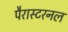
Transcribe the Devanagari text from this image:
पैरास्टरनल